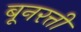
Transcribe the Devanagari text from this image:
बूनरत्ती